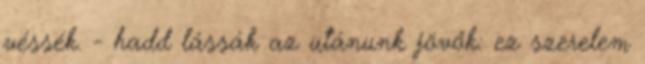
véssék. - hadd lássák az utánunk jövők: ez szerelem